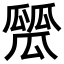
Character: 𤬑